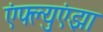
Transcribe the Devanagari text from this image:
एंफ्ल्युएंझा